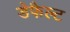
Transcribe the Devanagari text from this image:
डेफैल्ट